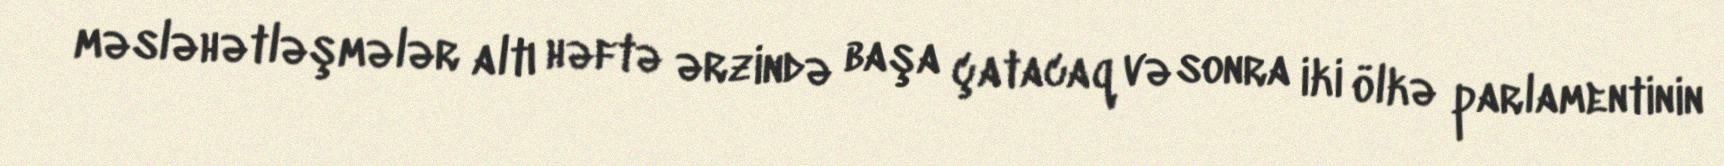
məsləhətləşmələr altı həftə ərzində başa çatacaq və sonra iki ölkə parlamentinin